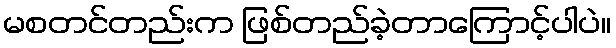
မစတင်တည်းက ဖြစ်တည်ခဲ့တာကြောင့်ပါပဲ။